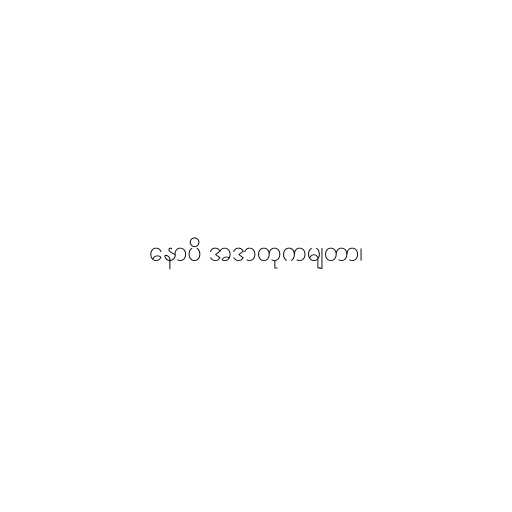
နောပိ အဒာတုကမျတာ၊